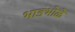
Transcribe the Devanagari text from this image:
भाडभोळे